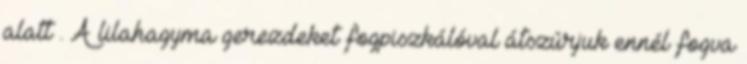
alatt . A lilahagyma gerezdeket fogpiszkálóval átszúrjuk ennél fogva